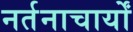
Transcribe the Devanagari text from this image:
नर्तनाचार्यों